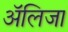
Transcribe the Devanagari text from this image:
अॅलिजा